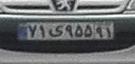
۷۱ی۹۵۵۹۱